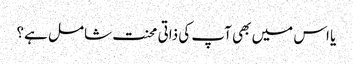
یا اس میں بھی آپ کی ذاتی محنت شامل ہے؟